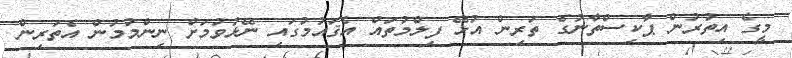
މީގެ އިތުރުން ޕާކިސްތާނުގެ ތަރިން އުޅޭ ފިލްމުތައް އެޤައުމުގައި ނޭޅުވުމަށް ނިންމުމުން އެތަރިން